Indian journal of veterinary science and animal husbandry - Volume 5,
Year: 1935
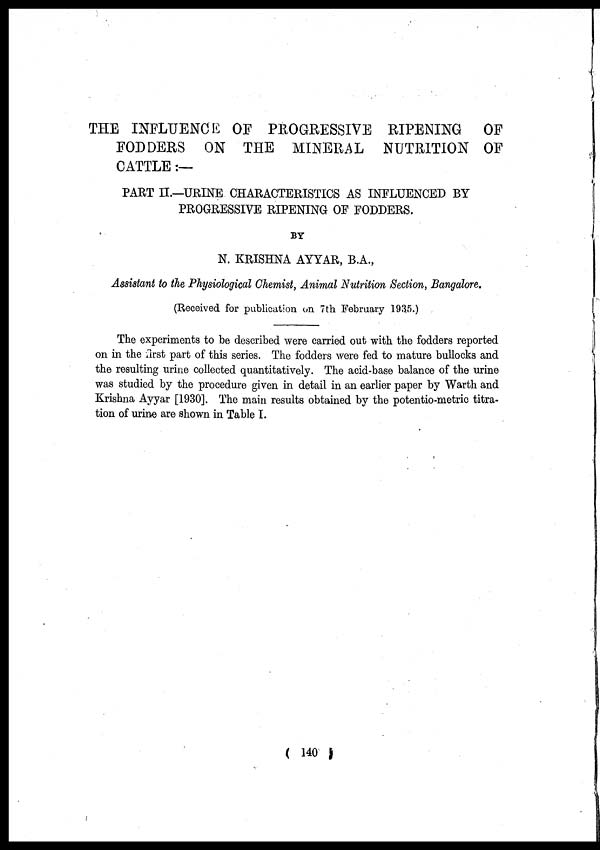
THE INFLUENCE OF PROGRESSIVE RIPENING OF
FODDERS ON THE MINERAL NUTRITION OF
CATTLE :—
PART II.—URINE CHARACTERISTICS AS INFLUENCED BY
PROGRESSIVE RIPENING OF FODDERS.
BY
N. KRISHNA AYYAR, B.A.,
Assistant to the Physiological Chemist, Animal Nutrition Section, Bangalore.
(Received for publication on 7th February 1935.)
The experiments to be described were carried out with the fodders reported
on in the first part of this series. The fodders were fed to mature bullocks and
the resulting urine collected quantitatively. The acid-base balance of the urine
was studied by the procedure given in detail in an earlier paper by Warth and
Krishna Ayyar [1930]. The main results obtained by the potentio-metric titra-
tion of urine are shown in Table I.
( 140 )